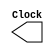
`timescale 1ns / 1ns
module CLOCK(Clock);
	output reg Clock;
	initial
	begin
		Clock=0;
	end
	always
	begin
		#31.25
		Clock=~(Clock);
	end
endmodule
module PC( PC_plus , PC , clock , hold_pc, eof);
	input  wire clock , hold_pc ; 
	input  wire [31:0] PC;
	output reg[31:0] PC_plus;
	output reg eof;
	integer file ,size, _ ;
	
	initial 
	begin
		PC_plus = 32'd0;
		eof <= 0 ;
	// ========================= for Size Calculation ============================
	size = 0;
	file = $fopen("ins.txt","r");
	while (! $feof (file) )
	begin
	_ = $fscanf (file,"%h",_);
	size = size +1;
	end
	$display ("SIZE === %d ",size);
	// ============================================================================
	end

	always @(posedge clock)
	begin
		if(hold_pc == 0)//if no stall pass the pc+4;	
		begin
			PC_plus <= PC;  //if hold =1 do nothing;
		end
		if( PC > (size+6) )
		begin
			$display ("end_program will save the memory data and exit the verilog program ");
			eof <= 1 ;
		end
	end
endmodule
module PC_ADDER(PC_Adder_output,PC);
	output reg[31:0] PC_Adder_output;
	input [31:0] PC;
	always @(*)
	begin
			PC_Adder_output=PC+1;
	end
endmodule
module INS_MEMORY(instruction, clk, pc);
	output reg[31:0] instruction;
	input  wire[31:0] pc;
	input  wire clk;
	reg[31:0] Imem[0:8191]; // 32KB memory ehich is 8192 register each one is 32bit 
	initial 
	begin	
		$readmemh("ins.txt",Imem);
	end
	always @(negedge clk )
	begin 
			instruction <= Imem[pc]; 
	end
endmodule
module IF_ID_Reg(instrOut , PCplus4Out , instrIn , PCplus4 , clk , hold , IF_Flush );

	input wire [31:0] instrIn , PCplus4 ;
	input wire        clk , hold , IF_Flush ;
	output reg [31:0] instrOut , PCplus4Out ;
	always @(posedge clk)
	begin
		if ( hold ==1'b0 && IF_Flush==1'b1) 
        	begin
          		PCplus4Out <= 32'b0 ;
			instrOut   <= 32'b0 ;
      		end
		else if (hold==1'b0 && IF_Flush==1'b0) 
        	begin
          
      			PCplus4Out <= PCplus4 ;   // da5l el instr ely wa2fa mestnya tetketb 3and el pc out 
      			instrOut   <= instrIn ;   //w eb3t el instr ely kanet feha ely mawgoda fel lines ely metwsla bel ID
      		end
		

    end
endmodule
module REG_FILE(Read_Data_1, Read_Data_2, Read_Reg_1, Read_Reg_2, Write_Reg, Write_Data, Reg_Write, Clock, eof, pc);

	input wire[4:0] Read_Reg_1, Read_Reg_2, Write_Reg;
	input wire[31:0] Write_Data, pc;
	input Reg_Write, Clock, eof;
	output reg[31:0] Read_Data_1, Read_Data_2;
	integer j;
	reg signed[31:0]  Reg_File[0:31];
	integer file2, k;

	initial
	begin
		for(j=0; j <32; j = j+ 1)
		begin
			if(j == 29)
				Reg_File[j] <= 32'h00001FFF; // stack pointer
			else
				Reg_File[j]  <= 32'h00000000;
		end
/*****************************************************************/
		file2 = $fopen ("regFile.txt","w");
		$fwrite(file2,"");
		$fclose(file2); 
/*****************************************************************/
	end

	always @(*)
	begin
		Read_Data_1 = Reg_File[Read_Reg_1];
		Read_Data_2 = Reg_File[Read_Reg_2];
	end
	always @(negedge Clock)
	begin
		if(Reg_Write)
		begin
			Reg_File[Write_Reg] <= Write_Data;
		end
/*****************************************************************/
		file2 = $fopen ("regFile.txt","a");
		for ( k = 0; k < 32 ; k = k+1)
		begin
			if ( Reg_File[k] !== 'hxxxx )
				$fwrite(file2,"%0d,%0d ",k,Reg_File[k]);
		end
		$fwrite(file2,"\n");
		$fclose(file2); 
/*****************************************************************/
	 end
endmodule 
module Comparator( Zero , read_data1 , read_data2 );

input [31:0]  read_data1 ;
input [31:0]  read_data2 ;
output reg Zero ;

always @(*)
begin
Zero <= ( read_data1 == read_data2 ) ? 1'b1 : 1'b0;
end
endmodule
module SIGN_EXTEND(Sign_Ext_Output, Ori, Inst_15_0);
	input wire[15:0] Inst_15_0;
	input wire Ori;
	output reg signed[31:0] Sign_Ext_Output;

	always @(*)
	begin
		if (Ori == 1)
			Sign_Ext_Output <= Inst_15_0 | 32'h00000000;
		else if(Inst_15_0[15] == 1)
			Sign_Ext_Output <= Inst_15_0 | 32'hffff0000;
		else if (Inst_15_0[15] == 0)
			Sign_Ext_Output <= Inst_15_0 | 32'h00000000;
		else
			Sign_Ext_Output <=32'd0;
	end
endmodule
module HazardDetectionUnit( ID_ExMemRead ,  ID_Ex_RegDst , IF_ID_Instr , holdPC , holdIF_ID , IF_ID_Flush , Branch_And_Output ,muxSelector, flagout, flagin , Jump );
	
	output reg          holdPC , holdIF_ID , muxSelector , IF_ID_Flush,flagout ;
	input wire[4:0] ID_Ex_RegDst ;
 	input wire[31:0] IF_ID_Instr ;
        input wire ID_ExMemRead , Branch_And_Output ,Jump, flagin;

	initial
	begin
		holdPC <= 0;
		holdIF_ID <= 0;
		muxSelector <= 0;
		IF_ID_Flush <=0;
		flagout <= 0;
	end
	always@(*)
	begin
		holdPC <=0;       
		holdIF_ID<=0;
              	muxSelector<=0;
		if(flagin == 1)
		begin
			holdPC<=1;
             		holdIF_ID<=1;
              		muxSelector<=1;
			flagout<=0;
		end
		else
		begin
			if ( ( IF_ID_Instr [31:26] != 6'b000100 || IF_ID_Instr [31:26] != 6'b000101  )&& ID_ExMemRead && ( ID_Ex_RegDst == IF_ID_Instr[25:21] || ID_Ex_RegDst == IF_ID_Instr[20:16]) )  // lw + ay 7aga 8ir beq -> stall
			begin
				holdPC<=1;
             			holdIF_ID<=1;
              			muxSelector<=1;
        		end
      			else if( ( IF_ID_Instr [31:26] == 6'b000100 || IF_ID_Instr [31:26] ==  6'b000101 ) && ( ID_Ex_RegDst == IF_ID_Instr[25:21] || ID_Ex_RegDst == IF_ID_Instr[20:16]) ) // ay 7aga 8ir lw + beq -> 1 stall
        		begin
				holdPC<=1;
             			holdIF_ID<=1;
              			muxSelector<=1;
        		end
			else if(( IF_ID_Instr [31:26] == 6'b000100 || IF_ID_Instr [31:26] ==  6'b000101 ) && ID_ExMemRead && ( ID_Ex_RegDst == IF_ID_Instr[25:21] || ID_Ex_RegDst == IF_ID_Instr[20:16]) )//stalling0 twice //first stall
        		begin                                                                                                                    		 //lw +beq
				holdPC<=1;
             			holdIF_ID<=1;
              			muxSelector<=1;
				flagout<=1;
        		end	
        	end                 
		/*========================= Set Flush When Found Branch or Jump ================*/
		if( ( ( IF_ID_Instr [31:26] == 6'b000100 || IF_ID_Instr [31:26] ==  6'b000101 ) &&  Branch_And_Output ) || Jump  ) 
		begin
			IF_ID_Flush <= 1'b1; //ha2ool lel instruction ely fel IF_ID ely 7aslha fetch w da5lt mesh fakrak yaaad //w nerza3ha ka7ka	
		end  
		else 
		begin
			IF_ID_Flush <= 1'b0; 
		end      
		/*===============================================================================*/
    	end
endmodule
module CONTROL( JAL_Signal ,JR_Signal , Ori , Reg_Dst , Branch , Branch_Not_Equal, Mem_Read ,Mem_to_Reg , ALU_Op , Mem_Write , ALU_Src , Reg_Write , Jump, Inst_31_26, Inst_5_0 );
	
	output reg  Ori,Branch,Branch_Not_Equal,Mem_Read,Mem_Write,ALU_Src,Reg_Write,Jump , Reg_Dst , Mem_to_Reg ,JR_Signal ,JAL_Signal;
	output reg  [3:0] ALU_Op;
	input  wire [5:0] Inst_31_26 , Inst_5_0; // Opcode Field and Function Field 

	initial
	begin
		JAL_Signal <=0 ;
		Branch <= 0;
		Jump <= 0 ;
		Branch_Not_Equal <= 0;
		Mem_Read <= 0 ;
		Mem_Write <=0;
		Reg_Write <= 0;
		ALU_Src <= 0;
		Mem_to_Reg <= 0;
		Reg_Dst <= 0;
		ALU_Op <= 0;
		Ori <= 1'b0;
		JR_Signal <=1'b0 ;
	end
	always@(*) // if any of instruction opcode changes 
	begin
		case(Inst_31_26)
			6'd0:     //R-Formate
			begin
				if( Inst_5_0 == 6'd8 )
				begin	//Found to be jr instruction
					JR_Signal <= 1'b1 ;
					JAL_Signal <=1'b0 ;
					Reg_Dst<=1'b0;
					Branch<=1'b0;
					Branch_Not_Equal<=1'b0;
					Jump<=1'b1; //Set Jump so that it sends to hazard unit to flush next instruction
					Mem_Read<=1'b0;
					Mem_to_Reg<=1'b0;
					Mem_Write<=1'b0;
					ALU_Src<=1'b0;
					Reg_Write<=1'b0;
					ALU_Op<=4'b0000;
					Ori <= 1'b0;
				end
				else
				begin
					JR_Signal <= 1'b0;
					JAL_Signal <=1'b0 ;
					Reg_Dst<=1'b1;
					Branch<=1'b0;
					Branch_Not_Equal<=1'b0;
					Jump<=1'b0;
					Mem_Read<=1'b0;
					Mem_to_Reg<=1'b0;
					Mem_Write<=1'b0;
					ALU_Src<=1'b0;
					Reg_Write<=1'b1;
					ALU_Op<=4'b0010;
					Ori <= 1'b0;
				end
			end
			6'd2:	//jump
			begin
				JAL_Signal <=1'b0 ;
				Reg_Dst<=1'bx;
				Branch<=1'b0;
				Branch_Not_Equal<=1'b0;
				JR_Signal <=1'b0;
				Jump<=1'b1;
				Mem_Read<=1'b0;
				Mem_to_Reg<=1'bx;
				Mem_Write<=1'b0;
				ALU_Src<=1'bx;
				Reg_Write<=1'b0;
				ALU_Op<=4'b0xxx;
				Ori <= 1'b0;
			end	
			6'd3:	//jal
			begin
				JAL_Signal <=1'b1 ;
				JR_Signal <=1'b0;
				Reg_Dst<=1'b1;
				Branch<=1'b0;
				Branch_Not_Equal<=1'b0;
				Jump<=1'b1;
				Mem_Read<=1'b0;
				Mem_to_Reg<=1'b0;
				Mem_Write<=1'b0;
				ALU_Src<=1'b0;
				Reg_Write<=1'b1;
				ALU_Op<=4'b0000;
				Ori <= 1'b0;
			end
			6'd4:	//beq
			begin
				JAL_Signal <=1'b0 ;
				JR_Signal <=1'b0;
				Reg_Dst<=1'b0;
				Branch<=1'b1;
				Branch_Not_Equal<=1'b0;
				Jump<=1'b0;
				Mem_Read<=1'b0;
				Mem_to_Reg<=1'b0;
				Mem_Write<=1'b0;
				ALU_Src<=1'b0;
				Reg_Write<=1'b0;
				ALU_Op<=4'b0001;
				Ori <= 1'b0;
			end
			6'd5:	//bne
			begin
				JAL_Signal <=1'b0 ;
				JR_Signal <=1'b0;
				Reg_Dst<=1'b0;
				Branch<=1'b0;
				Branch_Not_Equal<=1'b1;
				Jump<=1'b0;
				Mem_Read<=1'b0;
				Mem_to_Reg<=1'b0;
				Mem_Write<=1'b0;
				ALU_Src<=1'b0;
				Reg_Write<=1'b0;
				ALU_Op<=4'b0001;
				Ori <= 1'b0;
			end
			6'd8: 	//addi
			begin
				JAL_Signal <=1'b0 ;
				JR_Signal <=1'b0;
				Reg_Dst<=1'b0;
				Branch<=1'b0;
				Branch_Not_Equal<=1'b0;
				Jump<=1'b0;
				Mem_Read<=1'b0;
				Mem_to_Reg<=1'b0;
				Mem_Write<=1'b0;
				ALU_Src<=1'b1;
				Reg_Write<=1'b1;
				ALU_Op<=4'b0000;
				Ori <= 1'b0;
			end
			6'd10:	//slti
			begin
				JAL_Signal <=1'b0 ;
				JR_Signal <=1'b0;
				Reg_Dst<=1'b0;
				Branch<=1'b0;
				Branch_Not_Equal<=1'b0;
				Jump<=1'b0;
				Mem_Read<=1'b0;
				Mem_to_Reg<=1'b0;
				Mem_Write<=1'b0;
				ALU_Src<=1'b1;
				Reg_Write<=1'b1;
				ALU_Op<=4'b0101;
				Ori <= 1'b0;
			end
			6'd11:	//sgti
			begin
				JAL_Signal <=1'b0 ;
				JR_Signal <=1'b0;
				Reg_Dst<=1'b0;
				Branch<=1'b0;
				Branch_Not_Equal<=1'b0;
				Jump<=1'b0;
				Mem_Read<=1'b0;
				Mem_to_Reg<=1'b0;
				Mem_Write<=1'b0;
				ALU_Src<=1'b1;
				Reg_Write<=1'b1;
				ALU_Op<=4'b1000;
				Ori <= 1'b0;
			end
			6'd12:	//andi
			begin
				JAL_Signal <=1'b0 ;
				JR_Signal <=1'b0;
				Reg_Dst<=1'b0;
				Branch<=1'b0;
				Branch_Not_Equal<=1'b0;
				Jump<=1'b0;
				Mem_Read<=1'b0;
				Mem_to_Reg<=1'b0;
				Mem_Write<=1'b0;
				ALU_Src<=1'b1;
				Reg_Write<=1'b1;
				ALU_Op<=4'b0011;
				Ori <= 1'b0;
			end
			6'd13:	//ori
			begin
				JAL_Signal <=1'b0 ;
				JR_Signal <=1'b0;
				Reg_Dst<=1'b0;
				Branch<=1'b0;
				Branch_Not_Equal<=1'b0;
				Jump<=1'b0;
				Mem_Read<=1'b0;
				Mem_to_Reg<=1'b0;
				Mem_Write<=1'b0;
				ALU_Src<=1'b1;
				Reg_Write<=1'b1;
				ALU_Op<=4'b0100;
				Ori <= 1'b1;
			end		
			6'd14:	//xori
			begin
				JAL_Signal <=1'b0 ;
				JR_Signal <=1'b0;
				Reg_Dst<=1'b0;
				Branch<=1'b0;
				Branch_Not_Equal<=1'b0;
				Jump<=1'b0;
				Mem_Read<=1'b0;
				Mem_to_Reg<=1'b0;
				Mem_Write<=1'b0;
				ALU_Src<=1'b1;
				Reg_Write<=1'b1;
				ALU_Op<=4'b0110;
				Ori <= 1'b0;
			end
			6'd15:	//lui
			begin
				JAL_Signal <=1'b0 ;
				JR_Signal <=1'b0;
				Reg_Dst<=1'b0;
				Branch<=1'b0;
				Branch_Not_Equal<=1'b0;
				Jump<=1'b0;
				Mem_Read<=1'b0;
				Mem_to_Reg<=1'b0;
				Mem_Write<=1'b0;
				ALU_Src<=1'b1;
				Reg_Write<=1'b1;
				ALU_Op<=4'b0111;
				Ori <= 1'b0;
			end
			6'd32:	//lb
			begin
				JAL_Signal <=1'b0 ;
				JR_Signal <=1'b0;
				Reg_Dst<=1'b0;
				Branch<=1'b0;
				Branch_Not_Equal<=1'b0;
				Jump<=1'b0;
				Mem_Read<=1'b0;
				Mem_to_Reg<=1'b0;
				Mem_Write<=1'b0;
				ALU_Src<=1'b1;
				Reg_Write<=1'b1;
				ALU_Op<=4'b0111;
				Ori <= 1'b0;
			end
			6'd33:	//lh
			begin
				JAL_Signal <=1'b0 ;
				JR_Signal <=1'b0;
				Reg_Dst<=1'b0;
				Branch<=1'b0;
				Branch_Not_Equal<=1'b0;
				Jump<=1'b0;
				Mem_Read<=1'b0;
				Mem_to_Reg<=1'b0;
				Mem_Write<=1'b0;
				ALU_Src<=1'b1;
				Reg_Write<=1'b1;
				ALU_Op<=4'b0111;
				Ori <= 1'b0;
			end
			6'd35:     //lw
			begin
				JAL_Signal <=1'b0 ;
				JR_Signal <=1'b0;
				Reg_Dst<=1'b0;
				Branch<=1'b0;
				Branch_Not_Equal<=1'b0;
				Jump<=1'b0;
				Mem_Read<=1'b1;
				Mem_to_Reg<=1'b1;
				Mem_Write<=1'b0;
				ALU_Src<=1'b1;
				Reg_Write<=1'b1;
				ALU_Op<=4'b0000;
				Ori <= 1'b0;
			end
			/*6'd40:	//sb
			begin
				Reg_Dst<=2'b00;
				Branch<=1'b0;
				Branch_Not_Equal<=1'b0;
				Jump<=1'b0;
				Mem_Read<=1'b0;
				Mem_to_Reg<=2'b00;
				Mem_Write<=1'b0;
				ALU_Src<=1'b1;
				Reg_Write<=1'b1;
				ALU_Op<=4'b0111;
				Ori <= 1'b0;
			end
			6'd41:	//sh
			begin
				Reg_Dst<=2'b00;
				Branch<=1'b0;
				Branch_Not_Equal<=1'b0;
				Jump<=1'b0;
				Mem_Read<=1'b0;
				Mem_to_Reg<=2'b00;
				Mem_Write<=1'b0;
				ALU_Src<=1'b1;
				Reg_Write<=1'b1;
				ALU_Op<=4'b0111;
				Ori <= 1'b0;
			end*/
			6'd43:  //sw
			begin
				JAL_Signal <=1'b0 ;
				JR_Signal <=1'b0;
				Reg_Dst<=1'bx;
				Branch<=1'b0;
				Branch_Not_Equal<=1'b0;
				Jump<=1'b0;
				Mem_Read<=1'b0;
				Mem_to_Reg<=1'bx;
				Mem_Write<=1'b1;
				ALU_Src<=1'b1;
				Reg_Write<=1'b0;
				ALU_Op<=4'b0000;
				Ori <= 1'b0;
			end	
			default : 
			begin
				JAL_Signal <=1'b0 ;
				JR_Signal <=1'b0;
				Branch <= 0;
				Jump <= 0 ;
				Branch_Not_Equal <= 0;
				Mem_Read <= 0 ;
				Mem_Write <=0;
				Reg_Write <= 0;
				ALU_Src <= 0;
				Mem_to_Reg <= 0;
				Reg_Dst <=0;
				ALU_Op<=4'b0000;
				Ori <= 1'b0;
			end		
		endcase
	end
endmodule
module BR_ADDER(branchAdded, PC_Adder_output, Sign_Ext_Output);
	output reg [31:0] branchAdded;
	input  wire[31:0] PC_Adder_output;
	input  wire signed [31:0] Sign_Ext_Output; // signed since mover up or down
	always @(PC_Adder_output or Sign_Ext_Output)
	begin
		branchAdded <= PC_Adder_output + Sign_Ext_Output;
	end
endmodule
module JUMP_ADDRESS(J_address,Inst_25_0,pc_31_26);
	input wire[25:0] Inst_25_0;
	input wire[5:0] pc_31_26;
	output reg[31:0] J_address;

	always @(Inst_25_0)
	begin
		J_address <= {pc_31_26,Inst_25_0};
	end
endmodule
module ID_Forwarding_Unit( Comp_Mux_1 , Comp_Mux_2 , Branch , Branch_Not_Equal, IF_ID_Rs , IF_ID_Rt , Ex_Mem_DestReg , Mem_WB_DestReg , Ex_Mem_Write , Mem_WB_Write );
	//done
	output reg  [1:0] Comp_Mux_1 ,Comp_Mux_2 ;
	input  wire [4:0] IF_ID_Rs , IF_ID_Rt , Ex_Mem_DestReg , Mem_WB_DestReg ;
	input  wire       Ex_Mem_Write , Mem_WB_Write , Branch, Branch_Not_Equal ;  
	
	initial 
	begin
		Comp_Mux_1 <= 2'b00;
		Comp_Mux_2 <= 2'b00;
	end
	
	always @ (*)
	begin
		Comp_Mux_1 <= 2'b00;
		Comp_Mux_2 <= 2'b00;

		if((Ex_Mem_Write && Ex_Mem_DestReg!=0 && Branch) || (Ex_Mem_Write && Ex_Mem_DestReg!=0 &&Branch_Not_Equal))
		begin
			if ( Ex_Mem_DestReg ==  IF_ID_Rs && Ex_Mem_DestReg ==  IF_ID_Rt) //beq s1,s1,L1
			begin
				Comp_Mux_1 <= 2'b01;
				Comp_Mux_2 <= 2'b01;
			end
			else if (( Ex_Mem_DestReg ==  IF_ID_Rt) && ( Mem_WB_DestReg ==  IF_ID_Rs ))
			begin
				Comp_Mux_1 <= 2'b10;
				Comp_Mux_2 <= 2'b01;
			end
			else if (( Ex_Mem_DestReg ==  IF_ID_Rs) && ( Mem_WB_DestReg ==  IF_ID_Rt ))
			begin
				Comp_Mux_1 <= 2'b01;
				Comp_Mux_2 <= 2'b10;
			end
			else if( Ex_Mem_DestReg ==  IF_ID_Rs )
				Comp_Mux_1 <= 2'b01;
			else if( Ex_Mem_DestReg ==  IF_ID_Rt)
				Comp_Mux_2 <= 2'b01;
			else if ( (Mem_WB_Write && Mem_WB_DestReg!=0 && Branch) || (Mem_WB_Write && Mem_WB_DestReg!=0 &&Branch_Not_Equal)) 
			begin
				if ( (Mem_WB_DestReg ==  IF_ID_Rs) && (Mem_WB_DestReg ==  IF_ID_Rt) ) //beq s1,s1,L1
				begin
					Comp_Mux_1 <= 2'b10;
					Comp_Mux_2 <= 2'b10;
				end
				else if( Mem_WB_DestReg ==  IF_ID_Rs )
					Comp_Mux_1 <= 2'b10;
				else if( Mem_WB_DestReg ==  IF_ID_Rt)
					Comp_Mux_2 <= 2'b10;
			end
		end
		else if( (Mem_WB_Write && Mem_WB_DestReg!=0 && Branch) || (Mem_WB_Write && Mem_WB_DestReg!=0 &&Branch_Not_Equal))
		begin
			if ( (Mem_WB_DestReg ==  IF_ID_Rs) && (Mem_WB_DestReg ==  IF_ID_Rt) ) //beq s1,s1,L1
			begin
				Comp_Mux_1 <= 2'b10;
				Comp_Mux_2 <= 2'b10;
			end
			else if (( Ex_Mem_DestReg ==  IF_ID_Rs) && ( Mem_WB_DestReg ==  IF_ID_Rt ))
			begin
				Comp_Mux_1 <= 2'b01;
				Comp_Mux_2 <= 2'b10;
			end
			else if (( Ex_Mem_DestReg ==  IF_ID_Rt) && ( Mem_WB_DestReg ==  IF_ID_Rs ))
			begin
				Comp_Mux_1 <= 2'b10;
				Comp_Mux_2 <= 2'b01;
			end
			else if( Mem_WB_DestReg ==  IF_ID_Rs )
				Comp_Mux_1 <= 2'b10;
			else if( Mem_WB_DestReg ==  IF_ID_Rt)
				Comp_Mux_2 <= 2'b10;
			else if((Ex_Mem_Write && Ex_Mem_DestReg!=0 && Branch) || (Ex_Mem_Write && Ex_Mem_DestReg!=0 &&Branch_Not_Equal))
			begin
				if ( (Ex_Mem_DestReg ==  IF_ID_Rs) && (Ex_Mem_DestReg ==  IF_ID_Rt)) //beq s1,s1,L1
				begin
					Comp_Mux_1 <= 2'b01;
					Comp_Mux_2 <= 2'b01;
				end
				else if( Ex_Mem_DestReg ==  IF_ID_Rs )
					Comp_Mux_1 <= 2'b01;
				else if( Ex_Mem_DestReg ==  IF_ID_Rt)
					Comp_Mux_2 <= 2'b01;
			end		
		end
end
endmodule
module ID_EX_reg ( jal_signal ,Reg_Write , Mem_to_Reg , Mem_Write , Mem_Read , ALU_Src , Reg_Dst , ALU_Op , Read_Data1_Out ,  Read_Data2_Out , shift_amount_out , Sign_Ext_out ,rs , rt , rd , func_field ,control_signal,Read_Data1,Read_Data2,Sign_Ext,IF_Inst,clk); //control unit input 
  
  input wire [9:0] control_signal ;
  input wire [31:0] Read_Data1,Read_Data2 ,Sign_Ext,IF_Inst;
  input wire clk, jal_signal; 
  output reg Reg_Write , Mem_to_Reg , Mem_Write , Mem_Read , ALU_Src , Reg_Dst ;
  output reg [3:0]  ALU_Op;
  output reg [31:0] Read_Data1_Out ,  Read_Data2_Out ,  Sign_Ext_out;
  output reg [4:0] rs , rt , rd  ,  shift_amount_out ;
  output reg [5:0]   func_field ;
  
  always @(posedge clk)
    begin
    Reg_Write <= control_signal[9] ;
    Mem_to_Reg <= control_signal[8];
    Mem_Write <= control_signal[7];
    Mem_Read <=  control_signal[6];
    ALU_Src <=  control_signal[5];
    Reg_Dst <=   control_signal[4];
    ALU_Op  <= control_signal[3:0];
    Read_Data1_Out <= Read_Data1 ;
    Read_Data2_Out <= Read_Data2 ;
    Sign_Ext_out <= Sign_Ext;
    shift_amount_out <= IF_Inst[10:6];
    rs <= IF_Inst[25:21];
    rt <= IF_Inst[20:16];
    if(jal_signal==0) // sends ra address in rd field
    begin
    	rd <= IF_Inst[15:11];
    end
    else
    begin
	rd <= 5'd31 ;
     end
    func_field <=  IF_Inst[5:0];
    end
endmodule
module ALU(alu_result, inst_10_6, read_data_1, alu_mux_output, alu_ctrl);
	
	input  wire [4:0] inst_10_6;
	input  wire [3:0] alu_ctrl;
	input  wire signed [31:0] read_data_1;
	input  wire signed [31:0] alu_mux_output;
	
	output reg  signed [31:0] alu_result;
	
	localparam AND  = 4'b0000;
	localparam OR   = 4'b0001;
	localparam ADD  = 4'b0010;
	localparam XOR  = 4'b0011;
	localparam SLL  = 4'b0100;
	localparam SGT  = 4'b0101; //new
	localparam SUB  = 4'b0110;
	localparam SLT  = 4'b0111;
	localparam SRL  = 4'b1000;
	localparam SRA  = 4'b1001;
	localparam LUI  = 4'b1010;
	localparam NOR  = 4'b1100;
	//localparam LB = 4'b1011;
	//localparam LH = 4'b1101;
	//localparam SW = 4'b1110;
	//localparam SH = 4'b1111;
	//localparam  	= 4'b0101; 

	
	always @(*)
	begin 
		case(alu_ctrl)
			
			AND: 
			begin
				alu_result <=  read_data_1 &  alu_mux_output ;
				
			end
			
			OR :
			begin
				alu_result <=  read_data_1 |  alu_mux_output ;
				
			end
			
			ADD:
			begin
				alu_result <=  read_data_1 +  alu_mux_output ;
				
			end
			
			SUB: 
			begin
				alu_result <=  (read_data_1 -  alu_mux_output) ;
				
			end
			
			SLT: 
			begin
				alu_result <=  (read_data_1 < alu_mux_output);
			end

			SGT: 
			begin
				alu_result <=  (read_data_1 > alu_mux_output);
				
			end
			
			NOR: 
			begin
				alu_result <= ~(read_data_1 | alu_mux_output);
				
			end
			
			XOR:
			begin
				alu_result <=   read_data_1 ^ alu_mux_output ;
				
			end
			
			SLL:
			begin
				alu_result <=   alu_mux_output << inst_10_6  ;
				
			end
			
			SRL:
			begin
				alu_result <=   alu_mux_output >> inst_10_6  ;
				
			end
			
			SRA:
			begin
				alu_result <=   alu_mux_output >>>inst_10_6  ;
				
			end
			
			LUI: 
			begin
				alu_result <=   alu_mux_output << 16  ;
				
			end
			
			default : 
			begin
				alu_result <= 0;
			end
		endcase
	end
endmodule
module ALU_CONTROL(alu_ctrl, alu_op, inst_5_0);
	
	output reg[3:0] alu_ctrl;	 //signal going to ALU can be modified to more bits when adding more instr 
	input wire[3:0] alu_op; 	//coming from control unit
	input wire[5:0] inst_5_0;  	//funct field in instr

	always @(*)  			//to make sure when any input change;
	begin                         	//operations are executed from begining;
		if(alu_op==4'b0000)	//sw or lw --> add or addi
		begin
			
			alu_ctrl <= 4'b0010; 
		end

		else if(alu_op==4'b0001) // sub for beq
		begin
			
			alu_ctrl <= 4'b0110;
		end
		
		else if(alu_op==4'b1000) // new sgti
		begin
			
			
			alu_ctrl <= 4'b0101;
		end

		else if(alu_op==4'b0011) // andi
		begin
			
			alu_ctrl <= 4'b0000;
		end

		else if(alu_op==4'b0100) // ori
		begin
			
			alu_ctrl <= 4'b0001;
		end

		else if(alu_op==4'b0101) // slti
		begin
			
			alu_ctrl <= 4'b0111;
		end

		else if(alu_op==4'b0110) // xori
		begin
			
			alu_ctrl <= 4'b0011;
		end

		else if(alu_op==4'b0111) // lui
		begin
			
			alu_ctrl <= 4'b1010;
		end

		else if(alu_op==4'b0010)   //Incase (010) indicate we have R_FORMATE inst; 
		begin                    //so we diffrentiate using funct field in instr;

				case (inst_5_0)
					6'b000000:alu_ctrl <= 4'b0100;  //sll
					6'b000001:alu_ctrl <= 4'b0101;	//sgt
					6'b000010:alu_ctrl <= 4'b1000;  //srl
					6'b000011:alu_ctrl <= 4'b1001;  //sra
					6'b100000:alu_ctrl <= 4'b0010;  //add
					6'b100010:alu_ctrl <= 4'b0110;  //subtract
					6'b100100:alu_ctrl <= 4'b0000;  //AND
					6'b100101:alu_ctrl <= 4'b0001;  //OR
					6'b101010:alu_ctrl <= 4'b0111;  //slt 
					6'b100110:alu_ctrl <= 4'b0011;  //xor
					6'b100111:alu_ctrl <= 4'b1100;  //nor
					default  :alu_ctrl <= 4'b0000; 
				endcase
		end
		else
		begin
			alu_ctrl <= 4'b0000;
		end
	end
endmodule
module Forwarding_Unit_EX(ID_EX_rs,ID_EX_rt,EX_MEM_register_destination,MEM_WB_register_destination,EX_MEM_memtoreg,MEM_WB_memtoreg,EX_MEM_regwrite,MEM_WB_regwrite,forwardA,forwardB);
	input [4:0] EX_MEM_register_destination; //the register to be written at of instruction in EX/mem reg pipeline;
	input [4:0] MEM_WB_register_destination;//_______________________________________________MEM/WB reg pipeline
	input [4:0] ID_EX_rs;
	input [4:0] ID_EX_rt;
	input    EX_MEM_memtoreg; // control signal of WB to indicate that the forwarding instr will write in register and change its value so we need to forward the value
	input    MEM_WB_memtoreg;
	input    EX_MEM_regwrite;
	input    MEM_WB_regwrite;
	
	output reg [1:0] forwardA;  //to control ALU input with output from EXE or MEM; 
	output reg [1:0] forwardB;  //10 choose EXE out ,01 choose MEM;
	always@(*)
	begin
		forwardA<=2'b00;
		forwardB<=2'b00;
		if((EX_MEM_regwrite)&&(EX_MEM_register_destination!=0))
		begin
			if((EX_MEM_register_destination==ID_EX_rs) && (EX_MEM_register_destination==ID_EX_rt))
			begin
				forwardA <= 2'b10;
				forwardB <= 2'b10;
			end
			else if((EX_MEM_register_destination==ID_EX_rs) && (MEM_WB_register_destination==ID_EX_rt))
			begin
				forwardA <= 2'b10;
				forwardB <= 2'b01;
			end
			else if((EX_MEM_register_destination==ID_EX_rt) &&(MEM_WB_register_destination==ID_EX_rs))
			begin
				forwardA <= 2'b01;
				forwardB <= 2'b10;
			end
			else if(EX_MEM_register_destination==ID_EX_rs)
				forwardA <= 2'b10;//3amltha el awal bas 3shan 3ayezha priority 3lshan lw feh inst 2 wra ba3d beyktbo f nafs register ya5od agdad wa7da
			else if(EX_MEM_register_destination==ID_EX_rt)
				forwardB <= 2'b10;
			else if((MEM_WB_regwrite)&&(MEM_WB_register_destination!=0) && (!(EX_MEM_register_destination==ID_EX_rs)))
			begin
				if((MEM_WB_register_destination==ID_EX_rs) && (MEM_WB_register_destination==ID_EX_rt))
				begin
					forwardA <= 2'b01;
					forwardB <= 2'b01;
				end	
				else if(MEM_WB_register_destination==ID_EX_rs)
					forwardA <= 2'b01;
				else if(MEM_WB_register_destination==ID_EX_rt)  // 5aletha if 3shan momken el etnin yeb2a beytketb fehom 3ady
					forwardB <= 2'b01;
				
			end
		end
		else if((MEM_WB_regwrite)&&(MEM_WB_register_destination!=0))
		begin
			if((MEM_WB_register_destination==ID_EX_rs) && (MEM_WB_register_destination==ID_EX_rt))
			begin
				forwardA <= 2'b01;
				forwardB <= 2'b01;
			end
			else if((EX_MEM_register_destination==ID_EX_rs) && (MEM_WB_register_destination==ID_EX_rt))
			begin
				forwardA <= 2'b10;
				forwardB <= 2'b01;
			end
			else if((EX_MEM_register_destination==ID_EX_rt) &&(MEM_WB_register_destination==ID_EX_rs))
			begin
				forwardA <= 2'b01;
				forwardB <= 2'b10;
			end
			else if(MEM_WB_register_destination==ID_EX_rs)
				forwardA <= 2'b01;
			else if(MEM_WB_register_destination==ID_EX_rt)  // 5aletha if 3shan momken el etnin yeb2a beytketb fehom 3ady
				forwardB <= 2'b01;
			else if((EX_MEM_regwrite)&&(EX_MEM_register_destination!=0)&& (!(MEM_WB_register_destination==ID_EX_rs)))
			begin
				if((EX_MEM_register_destination==ID_EX_rs) && (EX_MEM_register_destination==ID_EX_rt))
				begin
					forwardA <= 2'b10;
					forwardB <= 2'b10;
				end
				else if(EX_MEM_register_destination==ID_EX_rs)
					forwardA <= 2'b10;//3amltha el awal bas 3shan 3ayezha priority 3lshan lw feh inst 2 wra ba3d beyktbo f nafs register ya5od agdad wa7da
				else if(EX_MEM_register_destination==ID_EX_rt)
					forwardB <= 2'b10;
			end
		end
end
endmodule
module EX_MemReg (jal_signal,clk,RegWrite, MemtoReg,MemWrite, MemRead,ALUresult,writedata,writeReg,RegWriteOut, MemtoRegOut,MemWriteOut
			,MemReadOut,ALUresultOut,writedataOut,writeRegOut);
  
  input clk,jal_signal;
  input RegWrite, MemtoReg; //WB
  input MemWrite, MemRead; //MEM
  input [31:0] ALUresult,writedata; //writedata is the data in rt in case of storing in memory
  input [4:0] writeReg; //rt
  output reg RegWriteOut, MemtoRegOut ,MemWriteOut, MemReadOut;
  output reg [31:0] ALUresultOut,writedataOut;
  output reg [4:0] writeRegOut;
  
  always@(posedge clk)
    begin
      RegWriteOut  <= RegWrite;
      MemtoRegOut  <= MemtoReg;
      MemWriteOut  <= MemWrite;
      MemReadOut   <= MemRead;
      ALUresultOut <= ALUresult;
      writedataOut <= writedata;
      writeRegOut  <= writeReg;
      
    end
endmodule
module DATA_MEMORY(Read_Data,MemWrite,MemRead,Address,Write_data,clock,eof,pc);
	output reg signed[31:0] Read_Data;// reg wait for change value
	input wire clock, eof;
	input wire MemWrite,MemRead;
	input wire [12:0] Address ;
	input wire signed [31:0] Write_data,pc;
	reg[31:0]write_data_storage[0:8191];

	integer z, file2;
	initial
	begin
		file2 = $fopen ("dataMemory.txt","w");
		$fwrite(file2,""); 
		$fclose(file2);
	end
	
	always @(posedge eof)
	begin
		$finish();
	end
	
	always @ (posedge clock)
	begin 
		if(MemWrite == 1)
    		begin
			write_data_storage[Address] <= Write_data;
		end
		file2 = $fopen ("dataMemory.txt","a");
		for ( z = 0; z < 8192 ; z = z+1)
		begin
			if ( write_data_storage[z] !== 'hxxxx ) // don't store the garbage values in memory 
			begin $fwrite(file2,"%0d,%0d ",z,write_data_storage[z]); 	end
		end
		$fwrite(file2,"\n");
		$fclose(file2);
	end

	always @ (*)
	begin
		if(MemRead)
		        Read_Data <= write_data_storage[Address];
	end
endmodule
module Mem_WbReg(jal_signal,RegWrite, MemtoReg,ALUresult,clk,readData,writeReg,RegWriteOut,MemtoRegOut,readDataOut,ALUresultOut,writeRegOut);
  
  input clk,jal_signal;
  input RegWrite, MemtoReg; //WB
  input [4:0] writeReg; //rt
  input [31:0] ALUresult, readData;   
  output reg RegWriteOut, MemtoRegOut;
  output reg [31:0] readDataOut,ALUresultOut;
  output reg [4:0] writeRegOut;
  
  always@(posedge clk)
    begin
      RegWriteOut  <= RegWrite;
      MemtoRegOut  <= MemtoReg;
      readDataOut  <= readData;
      ALUresultOut <= ALUresult;
      writeRegOut  <= writeReg;
      
    end
endmodule


module MUX_32_1(output_mux,input0,input1,selector);
	output reg  [31:0] output_mux;
	input  wire [31:0] input0;
	input  wire [31:0] input1;
	input  wire selector;
	always@(*)
	begin 
		if (selector == 1)
		begin
			output_mux <= input1;
		end
		else
		begin
			output_mux <= input0;
		end
	
	end
endmodule
module MUX_32_2(output_mux,input_0,input1,input2,selector);

	input  wire [31:0] input_0;
	input  wire [31:0] input1;
	input  wire [31:0] input2;
	input wire  [1:0] selector;
	output reg  [31:0] output_mux;
	
	always@(input_0,input1,selector)
	begin 
		if (selector == 1)
		begin
			output_mux <= input1;
		end
	
		else if (selector == 2)
		begin
			output_mux <= input2;
		end

		else 
		begin
			output_mux <= input_0;
		end
	end
endmodule

module MUX_5_1(output_mux,input0,input1,selector);
	output reg  [4:0] output_mux;
	input  wire [4:0] input0;
	input  wire [4:0] input1;
	input  wire selector;
	always@(*)
	begin 
		if (selector == 1)
		begin
			output_mux <= input1;
		end
		else
		begin
			output_mux <= input0;
		end
	
	end
endmodule

module Hazard_MUX_10_1(output_mux,Reg_Write,Mem_to_Reg,Mem_Write,Mem_Read,ALU_Src,Reg_Dst,ALU_Op,selector);
	
	input wire  Reg_Write,Mem_to_Reg,Mem_Write,Mem_Read,ALU_Src,Reg_Dst;
	input wire  [3:0] ALU_Op;
	output reg  [9:0] output_mux;
	input  wire selector;
	always@(*)
	begin 
		if (selector == 1)
		begin
			output_mux <= 10'b0000010000;

		end
		else
		begin
			output_mux <= {Reg_Write,Mem_to_Reg,Mem_Write,Mem_Read,ALU_Src,Reg_Dst,ALU_Op};
		end
	
	end
endmodule

module Reg_Dst_MUX(Write_Register,in0,RegDst);
	input  wire [4:0] in0;
	input  wire [1:0] RegDst;
	output reg  [4:0] Write_Register;
	reg [4:0] ra;
	initial 
	begin
		ra = 5'd31;
	end
	always@(in0,RegDst)
	begin 
		if (RegDst == 0)
		begin
			Write_Register <= in0;
		end

		else if (RegDst == 1)
		begin
			Write_Register <= ra;
		end

		else 
		begin
			Write_Register <= in0;
		end
	end
endmodule

module stall_or_flush(flush, hold, gui_flush, gui_hold, clk);
	input flush, hold, clk;
	//output reg[1:0] guiout;
	output reg  gui_hold, gui_flush;

	integer file;

	initial
	begin
		gui_flush =0;
		gui_hold =0;
	end

	/*
	always@(negedge clk)
	begin
	end*/

	always@ (posedge clk)
	begin
		gui_flush <= 1'b0;
		gui_hold <= 1'b0;
		/*
		if( guiin == 1)
			 gui_hold <= 1'b1;
		else if( guiin == 2)
			 gui_flush <= 1'b1;
		else if( guiin == 3)
			 gui_hold <= 1'b1;*/
		if((flush == 1) && (hold==0))
			gui_flush <= 1'b1;
			 //guiout <= 2'b10;
		else if((flush) && (hold))
			gui_hold <= 1'b1;
			 //guiout <= 2'b01; 
		else if((flush == 0) && (hold==1))
			gui_hold <= 1'b1;
			 //guiout <= 2'b11;
		/*else
			guiout <= 2'b00;*/
	end
endmodule
module Pipeline_MIPS();

/*=============================================================== WIRES =================================================================*/
wire Clock, gui_flush, gui_hold, Zero, JR_Signal, Ori, Reg_Dstn, Branch, Branch_Not_Equal, Mem_Read, Mem_to_Reg, Mem_Write, ALU_Src, Reg_Write, Jump, ex_mem_reg_write, ex_mem_memtoreg, ex_mem_mem_write, ex_mem_mem_read, mem_wb_reg_write, mem_wb_memtoreg, flagout, flagin, eof;
wire  jal_signal,beq_and_output, bne_not_output, bne_and_output, branch_or_output, hazard_mux_selector , hold_pc , hold_if_id_reg ,IF_Flush, id_ex_reg_write, id_ex_memtoreg, id_ex_mem_write, id_ex_mem_read,id_ex_alu_src, id_ex_regdst;
wire [1:0]  Comp_Mux_1, Comp_Mux_2, upper_mux_forward, lower_mux_forward;
wire [3:0]  id_ex_aluop, alu_ctrl, ALU_Op;
wire [4:0]  id_ex_rs,id_ex_rt,id_ex_rd,shift_amount, regdst_mux_out,ex_mem_dstreg, mem_wb_dstreg;
wire [5:0]  id_ex_func_field;
wire [9:0]  hazard_mux_output;
wire [31:0]  jal_mux_out1,jal_mux_out2,instruction, pcIn, pcOut, pc_branch_mux_output, inst_IF_Out, PCplus4_IF_Out, jump_mux_output, jr_mux_output, Read_Data_1, Read_Data_2, Sign_Ext_Output, branch_adder_output, jump_address_output ;
wire [31:0] comp_upper_mux_out , comp_lower_mux_out, id_ex_Sign_Ext_Output, id_ex_read_data1, id_ex_read_data2, Alu_Result, alu_lower_mux_out, alu_upper_mux_out, alu_src_mux_Output, Read_Data, mem_wb_mux_output, mem_wb_read_data, mem_wb_alu_result, ex_mem_alu_result, ex_mem_lower_mux_out;

/*=======================================================================================================================================*/

/**********CLOCK*******/
CLOCK myClock(Clock);
/**********************/

/*======================================================== IF STAGE + IF/ID REGISTER ======================================================*/

/***** PC & PC ADDER *****/ 
PC pc( pcOut , jr_mux_output , Clock , hold_pc, eof );
PC_ADDER pc_adder( pcIn , pcOut);
/************************/

/******INSTRUCTION MEMORY**********/
INS_MEMORY ins_memory( instruction , Clock, pcOut);
/***********************************/

/*********BEQ AND BNE MUX***********/
MUX_32_1 pc_branch_mux( pc_branch_mux_output , pcIn , branch_adder_output, branch_or_output );
/***********************************/

/*********** JUMP MUX **************/
MUX_32_1 jump_mux(jump_mux_output,pc_branch_mux_output,jump_address_output, Jump);
MUX_32_1 jr_mux(jr_mux_output , jump_mux_output , comp_upper_mux_out , JR_Signal ); //WARNING YA SERsssssSY Jump and JR_Signal both are set to 1 if only jr inst comes since I want to flush the next inst by jump signal that is input to hazard unit
/***********************************/

/******IF/ID REGISTER**************/
IF_ID_Reg IF_ID_reg( inst_IF_Out , PCplus4_IF_Out , instruction , pcIn , Clock , hold_if_id_reg , IF_Flush);
/**********************************/
 

/*=======================================================================================================================================*/

/*=====================================================ID STAGE + ID/EX REGISTER=========================================================*/

/**********REGISTER FILE**********/
REG_FILE register_file( Read_Data_1 , Read_Data_2 , inst_IF_Out[25:21], inst_IF_Out[20:16], mem_wb_dstreg , mem_wb_mux_output, mem_wb_reg_write , Clock, eof, pcOut);
/**********************************/

/**************JUMP****************/
JUMP_ADDRESS jump_add(jump_address_output,inst_IF_Out[25:0],PCplus4_IF_Out[31:26]);
/**********************************/

/**********COMPARATOR **********/
Comparator branch_compare( Zero , comp_upper_mux_out , comp_lower_mux_out );
MUX_32_2 comp_upper_mux(comp_upper_mux_out ,Read_Data_1,ex_mem_alu_result,mem_wb_mux_output,Comp_Mux_1);
MUX_32_2 comp_lower_mux(comp_lower_mux_out ,Read_Data_2,ex_mem_alu_result,mem_wb_mux_output,Comp_Mux_2);
/**********************************/

/**************CONTROLLER**********/
CONTROL control_unit( jal_siganl,JR_Signal , Ori , Reg_Dstn, Branch, Branch_Not_Equal, Mem_Read, Mem_to_Reg, ALU_Op , Mem_Write , ALU_Src , Reg_Write , Jump , inst_IF_Out[31:26] ,inst_IF_Out[5:0]); 
/**********************************/

/***************SIGN EXTEND *******/
SIGN_EXTEND sign_extend(Sign_Ext_Output, Ori , inst_IF_Out[15:0]) ;
/**********************************/

/**********BRANCH EQUAL AND BRANCH NOT EQUAL ADDER***/
BR_ADDER branch_adder( branch_adder_output , PCplus4_IF_Out , Sign_Ext_Output );
and  beq_and(beq_and_output, Branch , Zero );
not  bne_not( bne_not_output , Zero);
and  bne_and( bne_and_output , Branch_Not_Equal , bne_not_output );
or   branch_or(branch_or_output,bne_and_output , beq_and_output);
/****************************************************/

/*******************ID FORWARD UNIT*****************/
ID_Forwarding_Unit id_forwarding_unit( Comp_Mux_1 , Comp_Mux_2 , Branch, Branch_Not_Equal , inst_IF_Out[25:21] , inst_IF_Out[20:16] , ex_mem_dstreg , mem_wb_dstreg , ex_mem_reg_write , mem_wb_reg_write );
/****************************************************/

/********HAZARD DETECTION UNIT***********/
HazardDetectionUnit hazard_unit ( id_ex_mem_read ,  regdst_mux_out , inst_IF_Out , hold_pc , hold_if_id_reg , IF_Flush , branch_or_output , hazard_mux_selector, flagout, flagin ,Jump);
Hazard_MUX_10_1 hazard_mux( hazard_mux_output , Reg_Write , Mem_to_Reg , Mem_Write , Mem_Read , ALU_Src , Reg_Dstn , ALU_Op , hazard_mux_selector);
/****************************************/

/**************ID_EX REGISTER**********/

MUX_32_1 jal_mux_1(jal_mux_out1,Read_Data_1,PCplus4_IF_Out,jal_siganl);
MUX_32_1 jal_mux_2(jal_mux_out2,Read_Data_2,32'd0,jal_siganl);
ID_EX_reg id_ex_reg( jal_siganl,id_ex_reg_write , id_ex_memtoreg , id_ex_mem_write , id_ex_mem_read , id_ex_alu_src , id_ex_regdst , id_ex_aluop , id_ex_read_data1 ,  id_ex_read_data2 , shift_amount , id_ex_Sign_Ext_Output ,id_ex_rs , id_ex_rt , id_ex_rd ,id_ex_func_field,
		hazard_mux_output , jal_mux_out1 , jal_mux_out2 , Sign_Ext_Output ,inst_IF_Out ,Clock ); //control unit input 

/*************************************/

/*=======================================================================================================================================*/

/*=====================================EXECUTION STAGE + EX_MEM REGISIER=================================================================*/

MUX_32_2 alu_upper_mux(alu_upper_mux_out,id_ex_read_data1,mem_wb_mux_output,ex_mem_alu_result,upper_mux_forward);
MUX_32_2 alu_lower_mux(alu_lower_mux_out,id_ex_read_data2,mem_wb_mux_output,ex_mem_alu_result,lower_mux_forward);
MUX_32_1 alu_src_mux(alu_src_mux_Output, alu_lower_mux_out, id_ex_Sign_Ext_Output, id_ex_alu_src);

ALU alu(Alu_Result,shift_amount, alu_upper_mux_out, alu_src_mux_Output, alu_ctrl );	

ALU_CONTROL alu_control ( alu_ctrl, id_ex_aluop, id_ex_func_field);

Forwarding_Unit_EX ex_forward_unit(id_ex_rs,id_ex_rt,ex_mem_dstreg,mem_wb_dstreg,ex_mem_memtoreg,mem_wb_memtoreg,ex_mem_reg_write,mem_wb_reg_write,upper_mux_forward,lower_mux_forward);

MUX_5_1 reg_dst_mux(regdst_mux_out,id_ex_rt,id_ex_rd,id_ex_regdst);

EX_MemReg ex_mem_reg (jal_signal,Clock,id_ex_reg_write, id_ex_memtoreg,id_ex_mem_write, id_ex_mem_read,Alu_Result,alu_lower_mux_out,regdst_mux_out,ex_mem_reg_write, ex_mem_memtoreg,ex_mem_mem_write
			,ex_mem_mem_read,ex_mem_alu_result,ex_mem_lower_mux_out,ex_mem_dstreg);

/*=========================================== DATA MEMORY STAGE + MEM/WB REGISTER========================================================*/

DATA_MEMORY data_memory( Read_Data , ex_mem_mem_write , ex_mem_mem_read , ex_mem_alu_result[12:0] , ex_mem_lower_mux_out , Clock , eof, pcOut);

Mem_WbReg mem_wb_reg(jal_signal,ex_mem_reg_write , ex_mem_memtoreg , ex_mem_alu_result ,  Clock , Read_Data  , ex_mem_dstreg ,mem_wb_reg_write , mem_wb_memtoreg , mem_wb_read_data , mem_wb_alu_result , mem_wb_dstreg );
MUX_32_1 mem_wb_mux(mem_wb_mux_output , mem_wb_alu_result , mem_wb_read_data , mem_wb_memtoreg );

/*=======================================================================================================================================*/

/*======================================================== GUI INTERFACE ================================================================*/
stall_or_flush ray2(IF_Flush, hold_pc, gui_flush, gui_hold, Clock);
integer file, pipeRegs;
always @(negedge Clock)
begin
	pipeRegs = $fopen("regs.txt");
	file = $fopen("pc.txt");
	$fwrite(file,"%0d,%0d,%0d %0d,%0d,%0d,%0d\n",pcOut, gui_hold,gui_flush,branch_or_output,upper_mux_forward,lower_mux_forward,mem_wb_memtoreg);
	$fwrite(pipeRegs,"%0d,%0d,%0d,%0d,%0d,%0d,%0d,%0d,%0d,%0d,%0d,%0d,%0d,%0d,%0d,%0d,%0d,%0d,%0d,%0d,%0d,%0d,%0d,%0d,%0d,%0d,%0d,%0d\n",inst_IF_Out,id_ex_reg_write,id_ex_memtoreg,id_ex_mem_write,id_ex_mem_read,id_ex_alu_src,id_ex_regdst,id_ex_aluop,id_ex_read_data1,id_ex_read_data2,shift_amount,id_ex_Sign_Ext_Output,id_ex_rs,id_ex_rt,id_ex_rd ,id_ex_func_field,ex_mem_reg_write, ex_mem_memtoreg,ex_mem_mem_write
			,ex_mem_mem_read,ex_mem_alu_result,ex_mem_lower_mux_out,ex_mem_dstreg,mem_wb_reg_write , mem_wb_memtoreg , mem_wb_read_data , mem_wb_alu_result , mem_wb_dstreg );
end
/*=======================================================================================================================================*/
initial
begin
$monitor("***************** %b *******************\n pcOut=%h, pcIn:%h, instruction: %h \n jal_siganl : %h  \n PCplus4_IF_Out : %h \n jal_mux_out1  : %h \n jal_mux_out2  : %h \n Read_Data_1 : %h \n ***************************************",Clock,pcOut,pcIn,instruction , jal_siganl , PCplus4_IF_Out,jal_mux_out1, jal_mux_out2, id_ex_read_data1 ,Read_Data_1);
end
endmodule